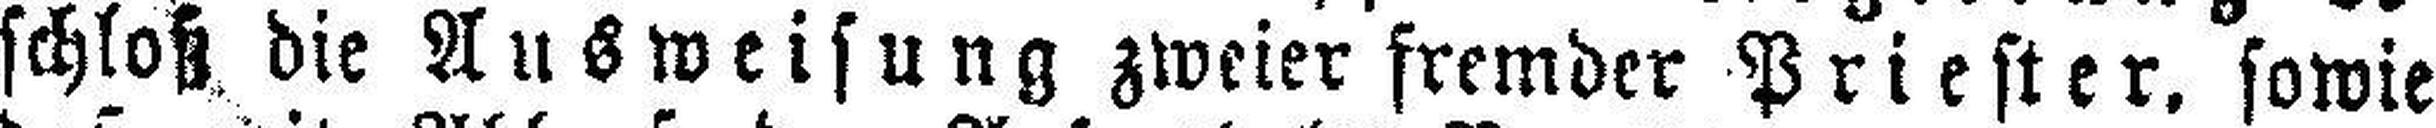
schloß die Ausweisung zweier fremder Priester, sowie